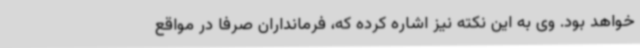
خواهد بود. وی به این نکته نیز اشاره کرده که، فرمانداران صرفا در مواقع